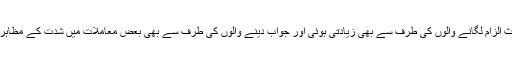
اس نادانی کے باعث الزام لگانے والوں کی طرف سے بھی زیادتی ہوئی اور جواب دینے والوں کی طرف سے بھی بعض معاملات میں شدت کے مظاہر دیکھنے میں آئے۔